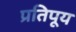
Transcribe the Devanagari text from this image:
प्रतिपूय